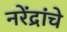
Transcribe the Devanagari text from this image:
नरेंद्रांचे